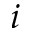
i